Report of the Imperial Institute of Veterinary Research, Muktesar
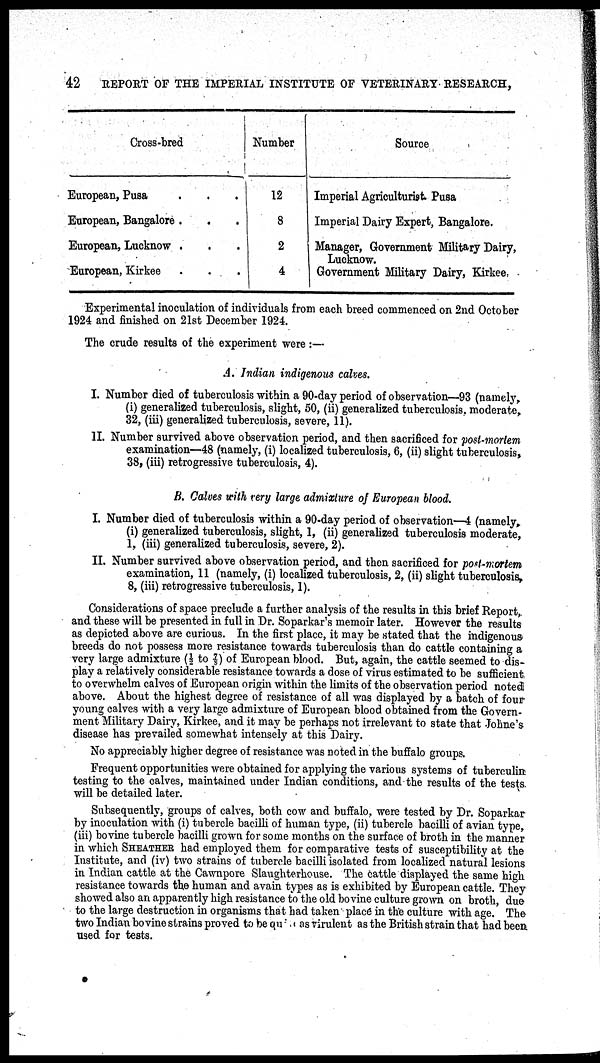
42 REPORT OF THE IMPERIAL INSTITUTE OF VETERINARY RESEARCH,
Cross-bred
European, Pusa
European, Bangalore .
European, Lucknow .
European, Kirkee
Number
12
8
2
4
Source
Imperial Agriculturist Pusa
Imperial Dairy Expert, Bangalore.
Manager, Government Military Dairy,
Lucknow.
Government Military Dairy, Kirkee,
Experimental inoculation of individuals from each breed commenced on 2nd October
1924 and finished on 21st December 1924.
The crude results of the experiment were :—
A. Indian indigenous calves.
I. Number died of tuberculosis within a 90-day period of observation—93 (namely,
(i) generalized tuberculosis, slight, 50, (ii) generalized tuberculosis, moderate,
32, (iii) generalized tuberculosis, severe, 11).
II. Number survived above observation period, and then sacrificed for post-mortem
examination—48 (namely, (i) localized tuberculosis, 6, (ii) slight tuberculosis,
38, (iii) retrogressive tuberculosis, 4).
B. Calves with very large admixture of European blood.
I. Number died of tuberculosis within a 90-day period of observation—4 (namely,
(i) generalized tuberculosis, slight, 1, (ii) generalized tuberculosis moderate,
1, (iii) generalized tuberculosis, severe, 2).
II. Number survived above observation period, and then sacrificed for post-mortem
examination, 11 (namely, (i) localized tuberculosis, 2, (ii) slight tuberculosis,
8, (iii) retrogressive tuberculosis, 1).
Considerations of space preclude a further analysis of the results in this brief Report,
and these will be presented in full in Dr. Soparkar's memoir later. However the results
as depicted above are curious. In the first place, it may be stated that the indigenous
breeds do not possess more resistance towards tuberculosis than do cattle containing a
very large admixture (½ to 7/8) of European blood. But, again, the cattle seemed to dis-
play a relatively considerable resistance towards a dose of virus estimated to be sufficient
to overwhelm calves of European origin within the limits of the observation period noted
above. About the highest degree of resistance of all was displayed by a batch of four
young calves with a very large admixture of European blood obtained from the Govern-
ment Military Dairy, Kirkee, and it may be perhaps not irrelevant to state that Johne's
disease has prevailed somewhat intensely at this Dairy.
No appreciably higher degree of resistance was noted in the buffalo groups.
Frequent opportunities were obtained for applying the various systems of tuberculin
testing to the calves, maintained under Indian conditions, and the results of the tests
will be detailed later.
Subsequently, groups of calves, both cow and buffalo, were tested by Dr. Soparkar
by inoculation with (i) tubercle bacilli of human type, (ii) tubercle bacilli of avian type,
(iii) bovine tubercle bacilli grown for some months on the surface of broth in the manner
in which SHEATHER had employed them for comparative tests of susceptibility at the
Institute, and (iv) two strains of tubercle bacilli isolated from localized natural lesions
in Indian cattle at the Cawnpore Slaughterhouse. The cattle displayed the same high
resistance towards the human and avain types as is exhibited by European cattle. They
showed also an apparently high resistance to the old bovine culture grown on broth, due
to the large destruction in organisms that had taken place in the culture with age. The
two Indian bovine strains proved to be quiet as virulent as the British strain that had been
used for tests.